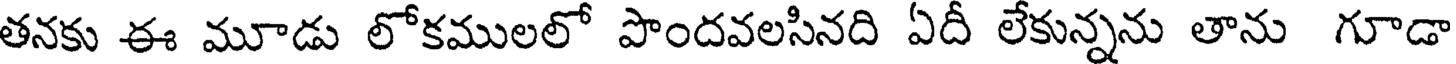
తనకు ఈ మూడు లోకములలో పొందవలసినది ఏదీ లేకున్నను తాను గూడా